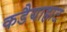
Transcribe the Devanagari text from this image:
कडैयाहाट